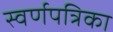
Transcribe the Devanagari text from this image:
स्वर्णपत्रिका